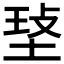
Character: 𤥷